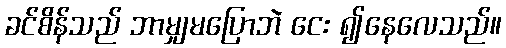
ခင်စိန်သည် ဘာမျှမပြောဘဲ ငေး ၍နေလေသည်။